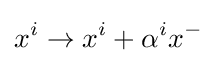
x^{i}\to x^{i}+\alpha ^{i}x^{-}